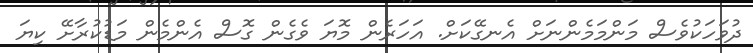
ދުވަހަކުވެސް މަންމަމެންނަށް އެނގޭކަށް. އަހަރެން މޮޔަ ވެގެން ގޮސް އެންމެން މަޑުކުރާށޭ ކިޔަ